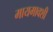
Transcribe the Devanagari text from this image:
मायमावशी